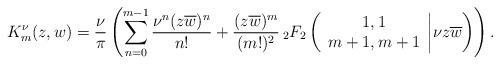
LaTeX: \begin{align*} K_{m}^{\nu}(z,w)=\frac{\nu}{\pi}\left( \sum\limits_{n=0}^{m-1}\frac{\nu^n(z \overline{w})^{n}}{n!}+\frac{(z \overline{w})^{m}}{(m!)^2} \, {_2F_2}\left(\begin{array}{c} 1, 1\\ m+1,m+1 \end{array}\bigg | \nu z \overline{w}\right)\right) . \end{align*}